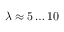
\lambda \approx 5 \dots 1 0